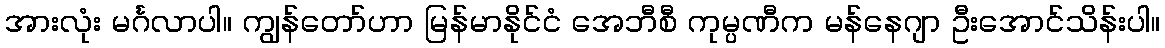
အားလုံး မင်္ဂလာပါ။ ကျွန်တော်ဟာ မြန်မာနိုင်ငံ အေဘီစီ ကုမ္ပဏီက မန်နေဂျာ ဦးအောင်သိန်းပါ။